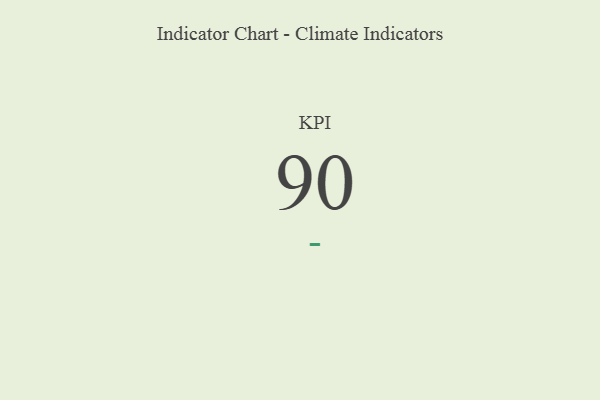
{"axis": {"x": "KPI", "y": "Value"}, "legend": [""], "data": [{"x": "KPI", "y": 90, "type": ""}]}